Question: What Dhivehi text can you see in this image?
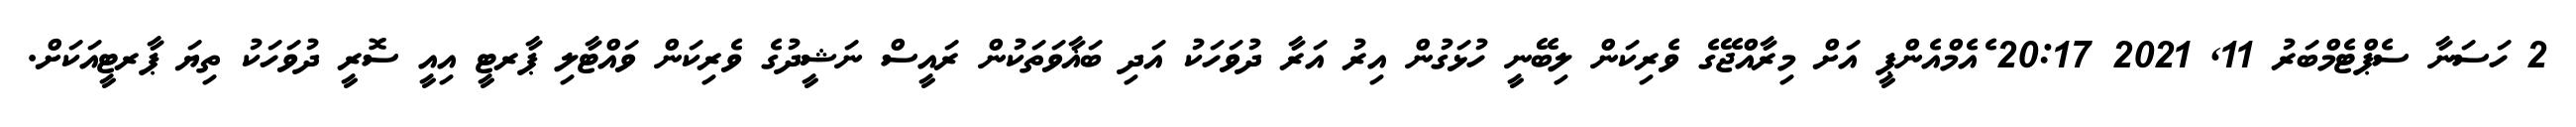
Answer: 2 ހަސަނާ ސެޕްޓެމްބަރު 11, 2021 20:17 ެއެމްއެންޕީ އަށް މިރާއްޖޭގެ ވެރިކަން ލިބޭނީ ހުޅަގުން އިރު އަރާ ދުވަހަކު އަދި ބަޣާވަތަކުން ރައީސް ނަޝީދުގެ ވެރިކަން ވައްޓާލި ޕާރޓީ އިއީ ސޮރީ ދުވަހަކު ތިޔަ ޕާރޓީއަކަށް.